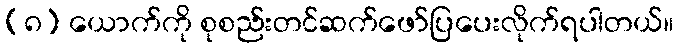
(၈) ယောက်ကို စုစည်းတင်ဆက်ဖော်ပြပေးလိုက်ရပါတယ်။